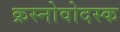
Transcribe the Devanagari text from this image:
क्रस्नोवोदस्क